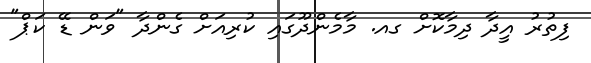
ފިތުރު އީދާ ދިމާކޮށް ގއ. މާމެންދޫގައި ކުރިއަށް ގެންދާ "ވަން ޑޭ ކަޕް"